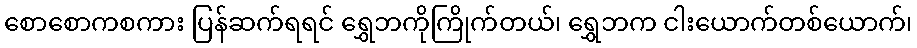
စောစောကစကား ပြန်ဆက်ရရင် ရွှေဘကိုကြိုက်တယ်၊ ရွှေဘက ငါးယောက်တစ်ယောက်၊